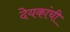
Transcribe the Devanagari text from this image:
देयकांची